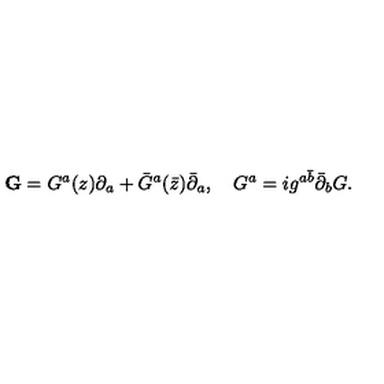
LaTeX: { \bf G } = G ^ { a } ( z ) \partial _ { a } + { \bar { G } } ^ { a } ( { \bar { z } } ) { \bar { \partial } } _ { a } , \quad G ^ { a } = i g ^ { a \bar { b } } { \bar { \partial } } _ { b } G .